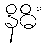
နိဓိံ